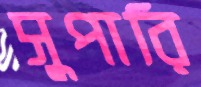
সুপারি